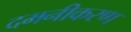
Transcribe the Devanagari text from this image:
दमनीकरण